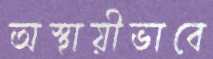
অস্থায়ীভাবে